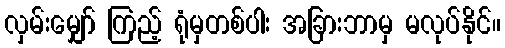
လှမ်းမျှော် ကြည့် ရုံမှတစ်ပါး အခြားဘာမှ မလုပ်နိုင်။